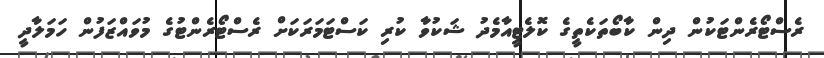
ރެސްޓޯރެންޓަކުން ދިން ކާބޯތަކެތީގެ ކޮލެޓީއާމެދު ޝަކުވާ ކުރި ކަސްޓަމަރަކަށް ރެސްޓޯރެންޓުގެ މުވައްޒަފުން ހަމަލާދީ